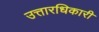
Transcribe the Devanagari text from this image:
उत्तारधिकारी